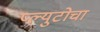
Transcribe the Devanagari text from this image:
प्ल्युटोचा